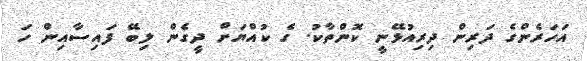
އަހަރެންގެ ދަރިން ދިރިއުޅޭނީ ކޮންތާކު. ގެ ކުއްޔަށް ދީގެން ލިބޭ ފައިސާއިން ހަ